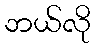
ဘယ်လို